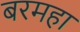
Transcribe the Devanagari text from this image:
बरमहा